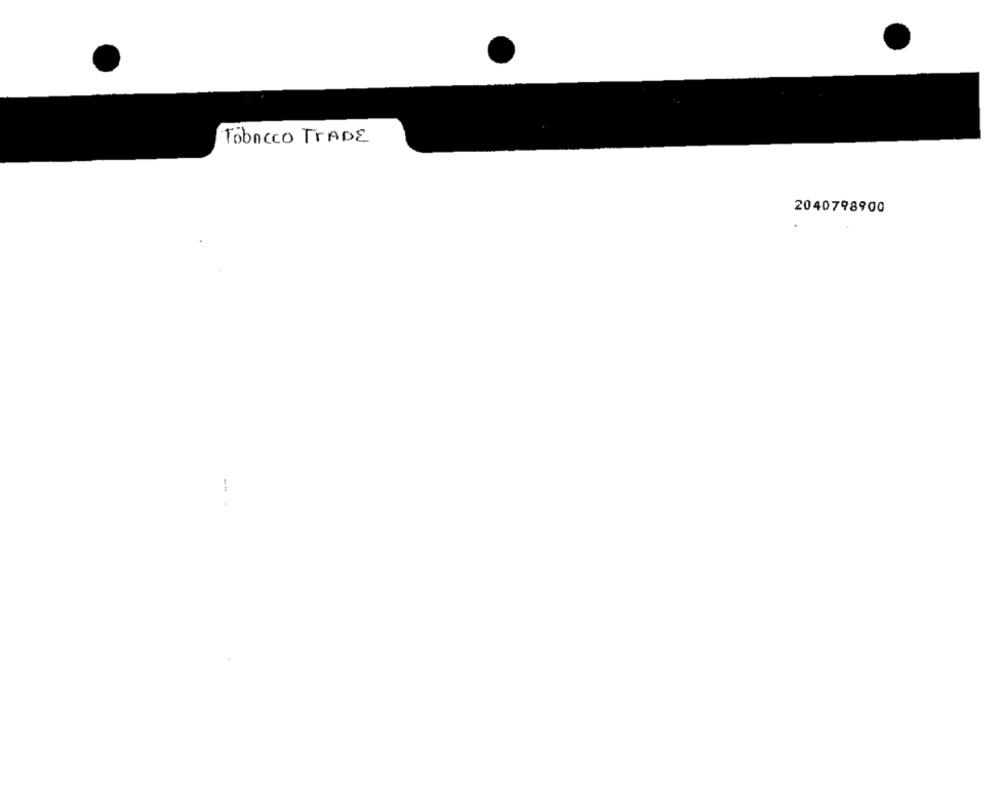
Tobacco TRADE
2040798900